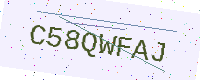
Text: C58QWFAJ